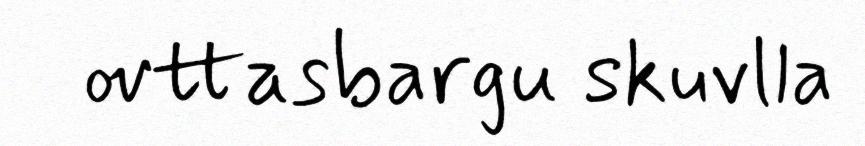
ovttasbargu skuvlla